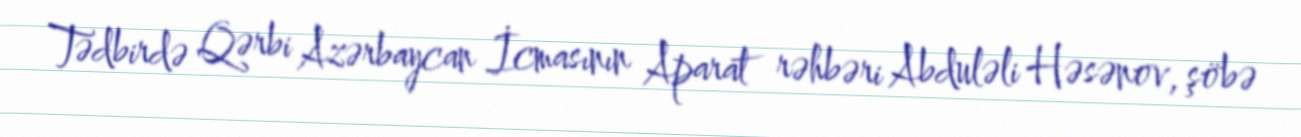
Tədbirdə Qərbi Azərbaycan İcmasının Aparat rəhbəri Abduləli Həsənov, şöbə